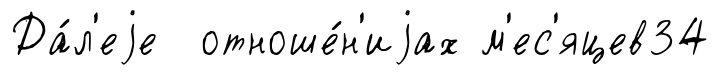
Да́л'еjе отноше́н'иjах м'ес'яцев34